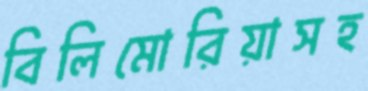
বিলিমোরিয়াসহ